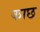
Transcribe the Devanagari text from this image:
काछ